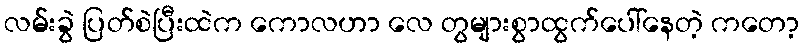
လမ်းခွဲ ပြတ်စဲပြီးထဲက ကောလဟာ လေ တွများစွာထွက်ပေါ်နေတဲ့ ကတော့